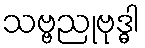
သဗ္ဗညုဗုဒ္ဓါ